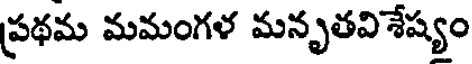
ప్రథమ మమంగళ మనృతవిశేష్యం